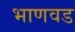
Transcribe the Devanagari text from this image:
भाणवड